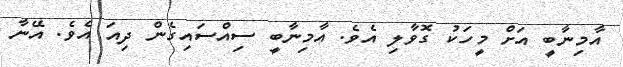
އާމިނާބީ އަށް މީހަކު ގޮވާލި އެވެ. އާމިނާބީ ސިއްސައިގެން ދިއަ އެވެ. އޭނާ